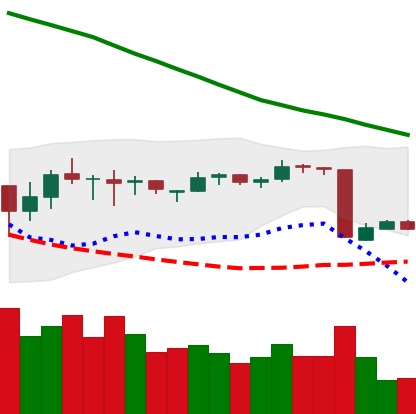
Ticker: EOS-USD
Chart end date: 2018-10-14
Forward return: 3.221%
Label: up_3_5